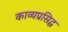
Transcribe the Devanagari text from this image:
काव्यप्रसिद्ध